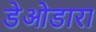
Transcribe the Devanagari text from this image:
डेओडारा